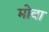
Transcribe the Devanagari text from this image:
मोवा